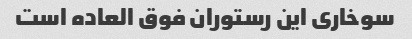
سوخاری این رستوران فوق العاده است